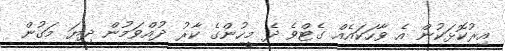
އިރުކޮޅަކުން އެ ވާހަކައެއް ގެޓްވެ ދެ މީހުންގެ ކާރު ދުއްވަމުން ދިޔަ މަގުން